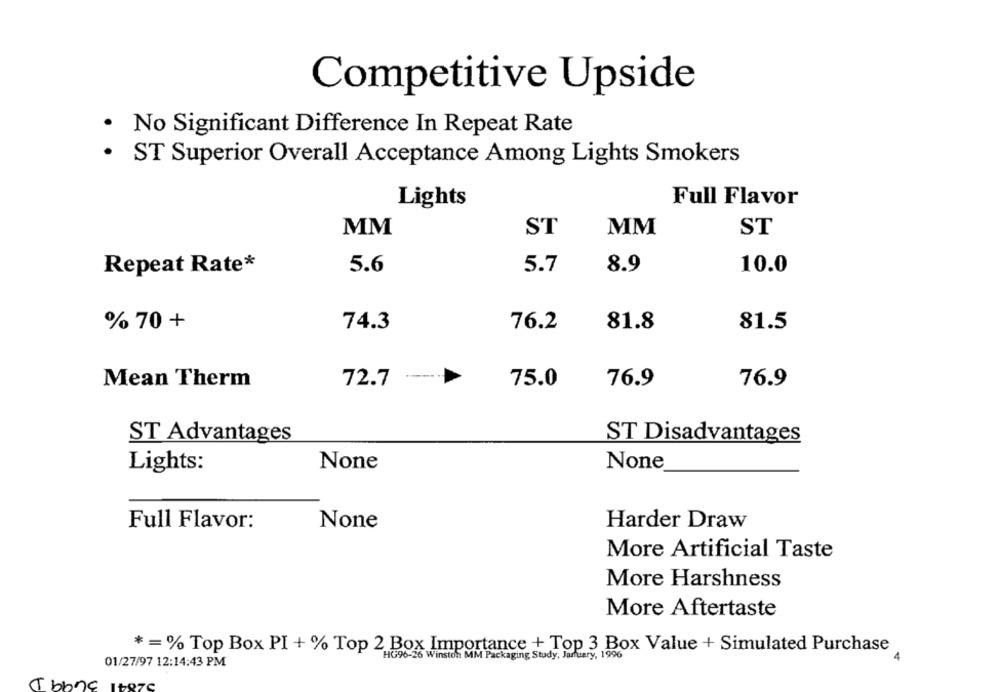
Competitive Upside
· No Significant Difference In Repeat Rate
.
ST Superior Overall Acceptance Among Lights Smokers
Full Flavor
Lights
MM
ST
MM
ST
5.6
5.7
8.9
10.0
Repeat Rate*
% 70 +
74.3
76.2
81.8
81.5
Mean Therm
72.7
75.0
76.9
76.9
ST Advantages
ST Disadvantages
Lights:
Full Flavor:
Harder Draw
More Artificial Taste
More Harshness
More Aftertaste
* = % Top Box PI + % Top 2 Box Importance + Top 3 Box Value + Simulated Purchase
HG96-26 Winston MM Packaging Study, January, 1996
01/27/97 12:14:43 PM
Tbone